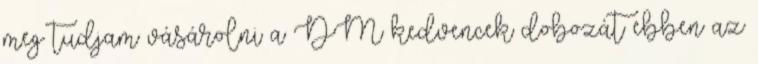
meg tudjam vásárolni a DM kedvencek dobozát ebben az